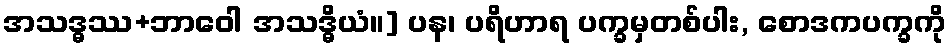
အသဒ္ဓဿ+ဘာဝေါ အသဒ္ဓိယံ။] ပန၊ ပရိဟာရ ပက္ခမှတစ်ပါး, စောဒကပက္ခကို